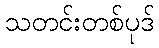
သတင်းတစ်ပုဒ်